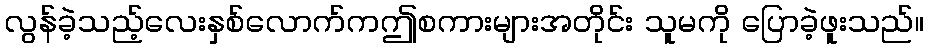
လွန်ခဲ့သည့်လေးနှစ်လောက်ကဤစကားများအတိုင်း သူမကို ပြောခဲ့ဖူးသည်။